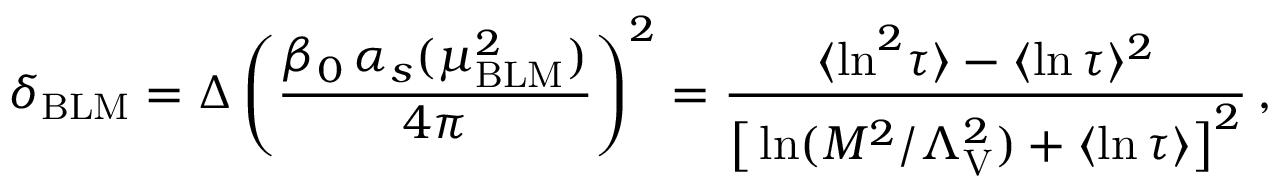
\delta _ { \mathrm { B L M } } = \Delta \, \Bigg ( { \frac { \beta _ { 0 } \, \alpha _ { s } ( \mu _ { \mathrm { B L M } } ^ { 2 } ) } { 4 \pi } } \Bigg ) ^ { 2 } = { \frac { \langle \ln ^ { 2 } \! \tau \rangle - \langle \ln \tau \rangle ^ { 2 } } { \big [ \ln ( M ^ { 2 } / \Lambda _ { \mathrm { V } } ^ { 2 } ) + \langle \ln \tau \rangle \big ] ^ { 2 } } } \, ,